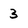
Character: 3